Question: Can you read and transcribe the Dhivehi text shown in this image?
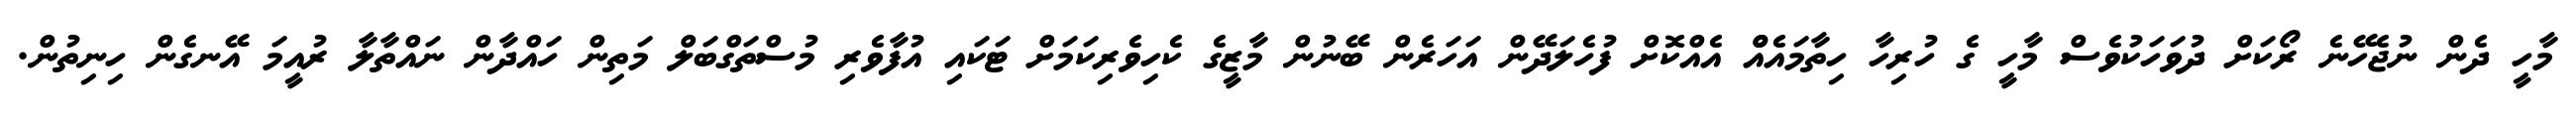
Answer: މާހީ ދެން ނުޖެހޭނެ ރޯކަށް ދުވަހަކުވެސް މާހީ ގެ ހުރިހާ ހިތާމައެއްް އެއްކޮށް ފުހެލަދޭން އަހަރެން ބޭނުން މާޒީގެ ކެހިވެރިކަމަށް ޓަކައި އުފާވެރި މުސްތަގްބަލް މަތިން ހައްދާން ނައްތާލާ ރުއީމަ އޭނގެން ހިނިތުން.